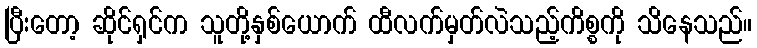
ပြီးတော့ ဆိုင်ရှင်က သူတို့နှစ်ယောက် ထီလက်မှတ်လဲသည့်ကိစ္စကို သိနေသည်။